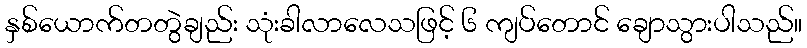
နှစ်ယောက်တတွဲချည်း သုံးခါလာလေသဖြင့် ၆ ကျပ်တောင် ချောသွားပါသည်။